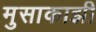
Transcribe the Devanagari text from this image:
मुसाकाझी